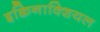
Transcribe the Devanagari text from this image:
इक्विनाक्शियल